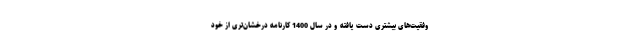
وفقیت‌های بیشتری دست یافته و در سال 1400 کارنامه درخشان‌تری از خود